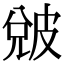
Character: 𤿫